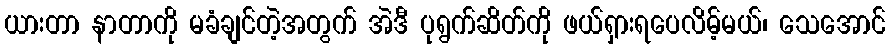
ယားတာ နာတာကို မခံချင်တဲ့အတွက် အဲဒီ ပုရွက်ဆိတ်ကို ဖယ်ရှားရပေလိမ့်မယ်၊ သေအောင်